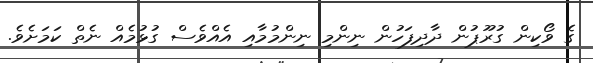
ގެ ވޯކިން ގުރޫޕުން ދާދިފަހުން ނިންމި ނިންމުމާއި އެއްވެސް ގުޅުމެއް ނެތް ކަމަށެވެ.